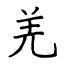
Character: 羌